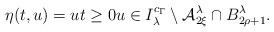
LaTeX: \begin{align*} \eta(t,u) = u t \ge 0 u \in I_\lambda^{ c_{\Gamma} } \setminus {\cal A}_{2 \xi}^\lambda \cap B^{\lambda}_{2\rho+1}.\end{align*}